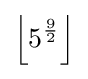
\left\lfloor 5^{\frac {9}{2}}\right\rfloor